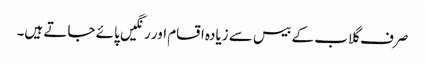
صرف گلاب کے بیس سے زیادہ اقسام اور رنگیں پائے جاتے ہیں۔